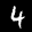
Label: 4